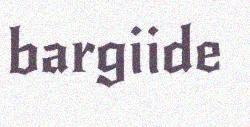
bargiide